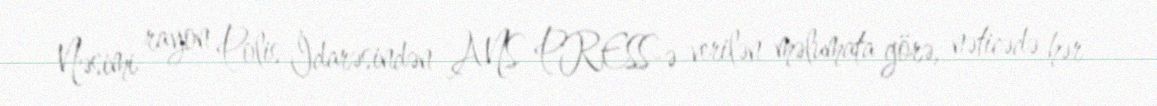
Nəsimi rayon Polis İdarəsindən ANS PRESS-ə verilən məlumata görə, nəticədə hər